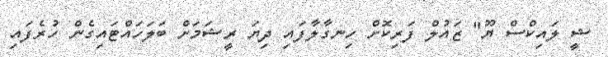
ޝީ ލައިކްސް ޔޫ" ޒައުލް ފަރިކޮށް ހިނގާލާފައި ދިޔަ ރީޝަމަށް ބަލަހައްޓައިގެން ހުރެފައި